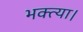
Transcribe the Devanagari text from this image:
भक्त्या।